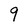
Character: 9